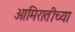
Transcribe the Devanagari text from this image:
आमिरातीच्या